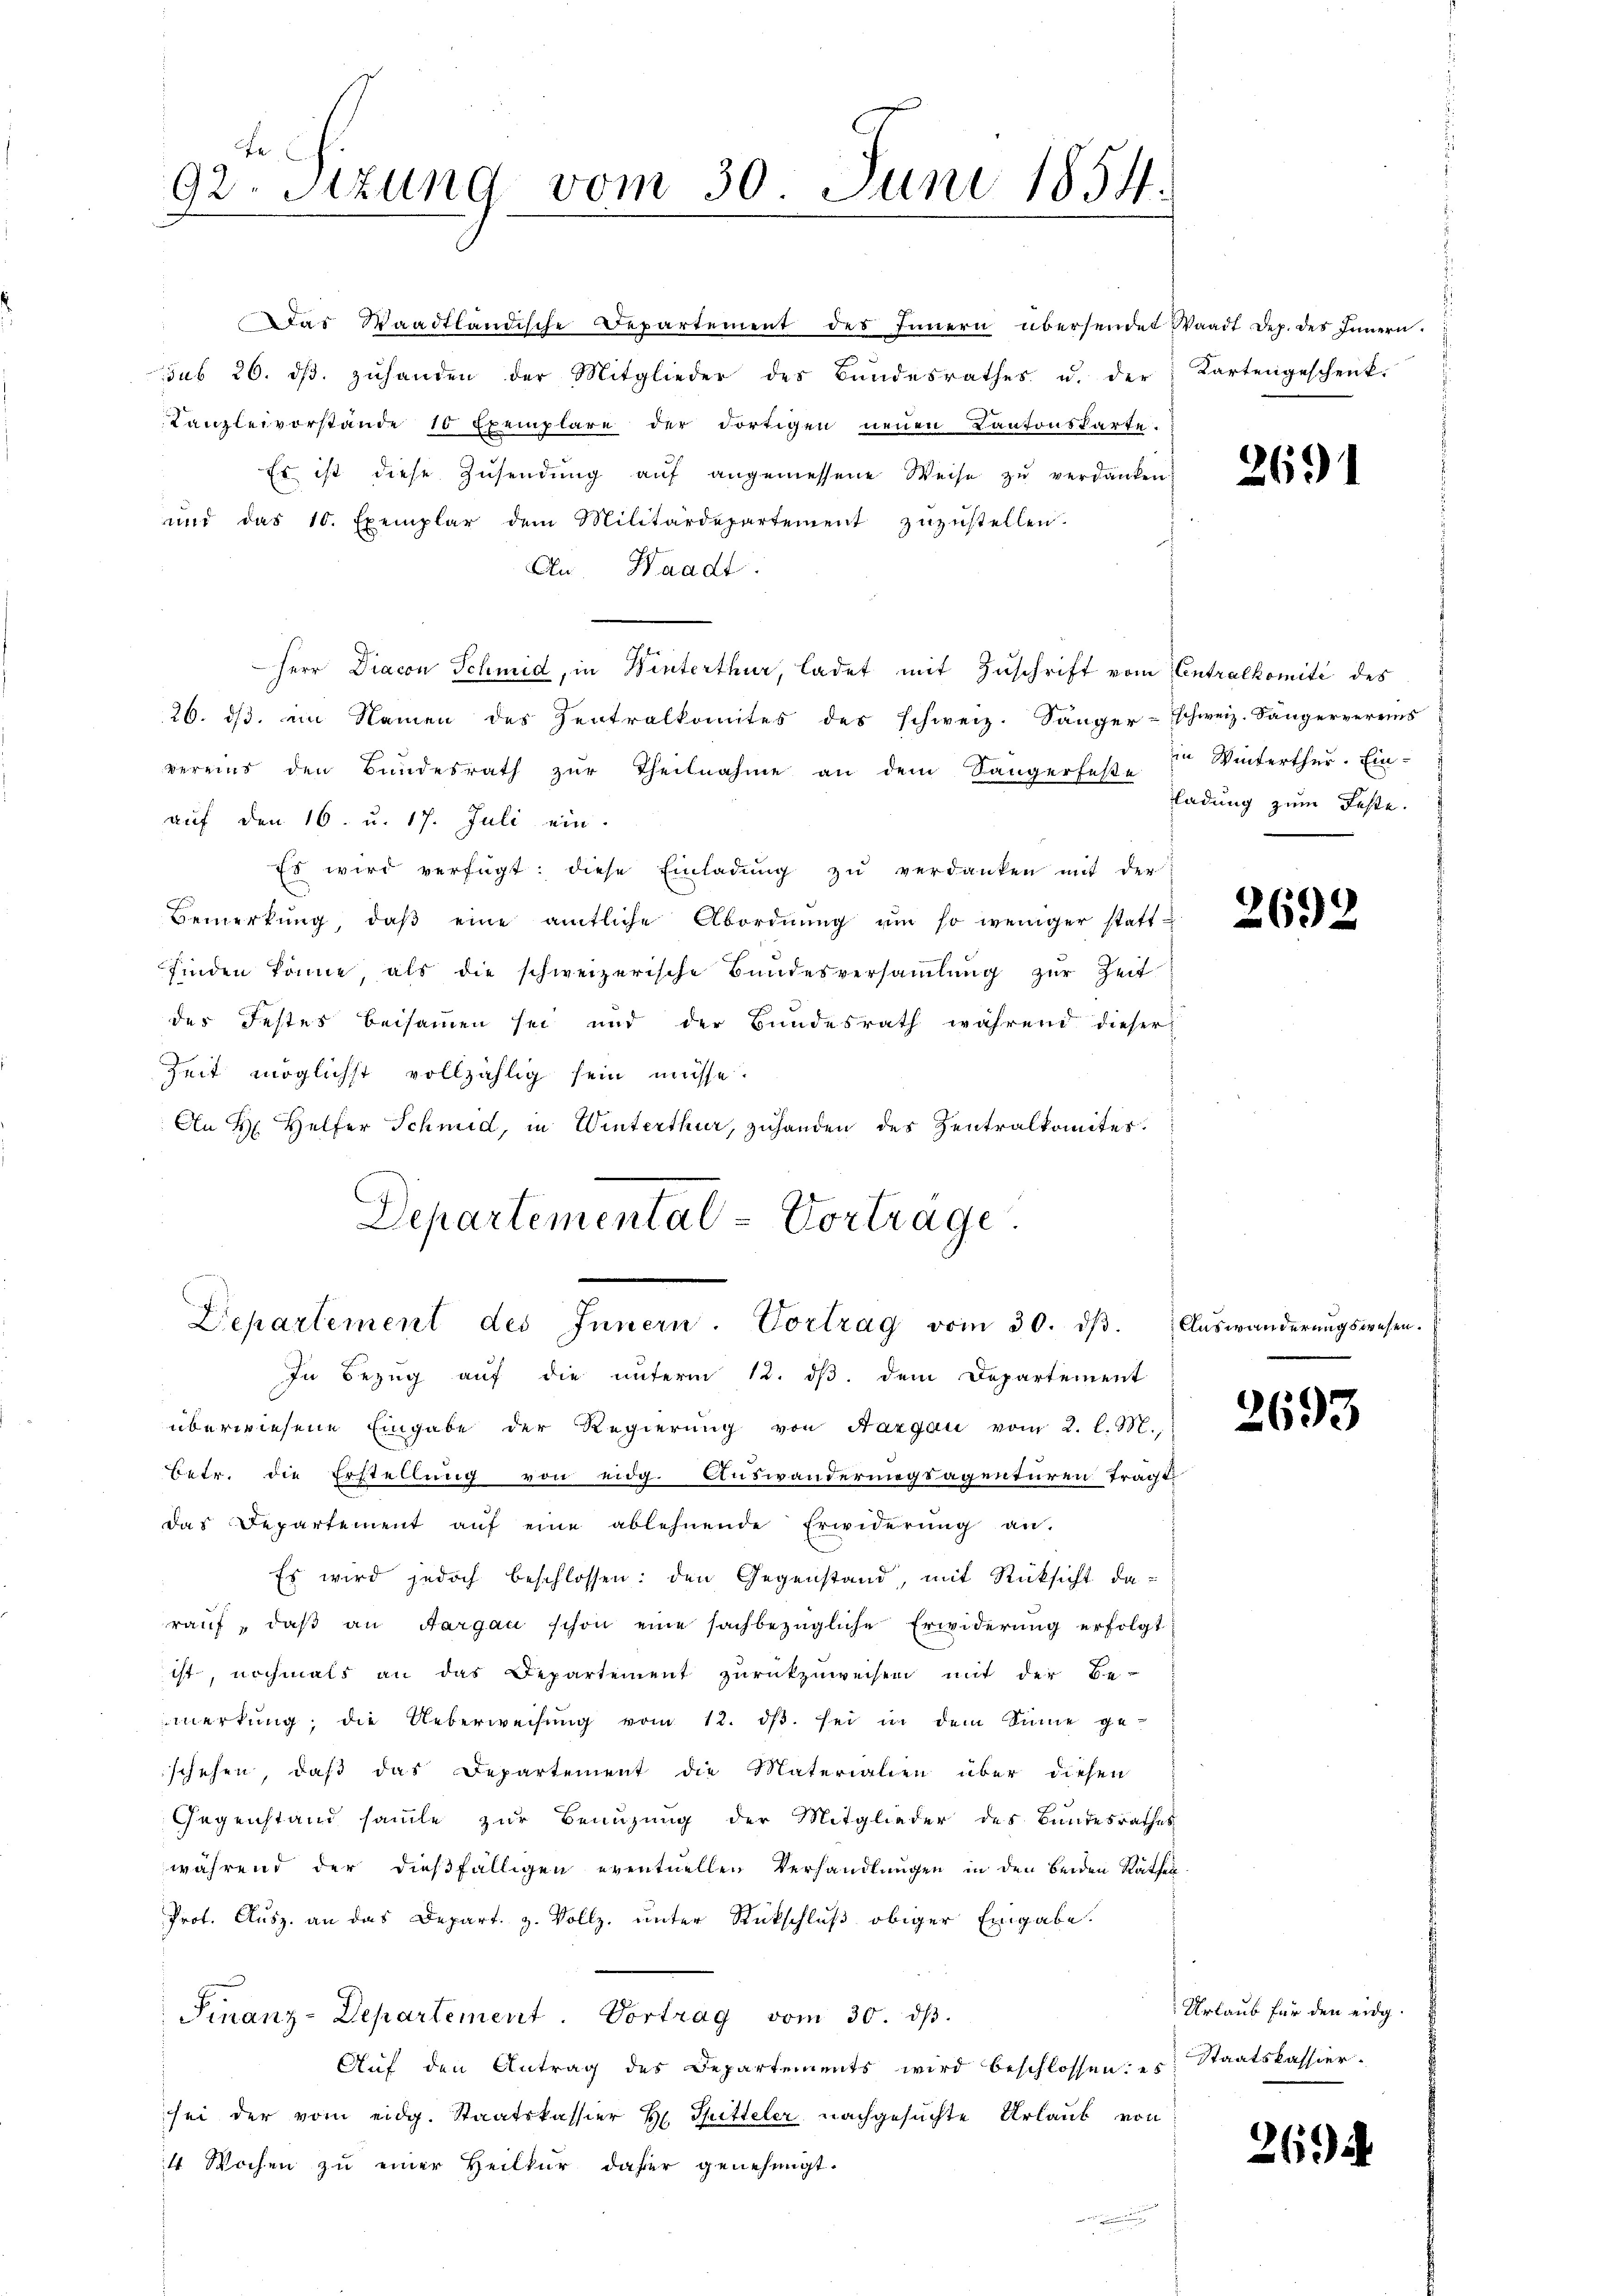
92. Sitzung vom 30. Juni 1854.

Das Waadtländische Departement des Innern übersendet Waadt Dep. des Innern.
sub 26. dβ. zuhanden der Mitglieder des Bundesrathes u. der
Kanzleivorstände 10 Exemplare der dortigen neuen Kantonskarte.
Es ist diese Zŭsendŭng aŭf angemessene Weise zŭ verdanken.
und das 10. Exemplar dem Militärdepartement zŭzŭstellen.
An Waadt
Herr Diacon Schmid, in Winterthur, ladet mit Zuschrift vom Centralkomité des
26. ds. ein Namen des Zentralkomites des schweiz. Sänger-Eschweiz. Sängervereins
vereins den Bundesrath zur Theilnahme an dem Sängerfes Winterthur. Ein-
auf den 16. u. 17. Juli ein.
Es wird verfügt: diese Einladŭng zŭ verdanken mit der
Bemerkŭng, daβ eine amtliche Abordnŭng um so weniger statt-
finden könne, als die schweizerische Bundesversaṁlŭng zŭr Zeit
der Festes beisammen sei und der Bundesrath während dieser
Zeit möglichst vollzählig sein müsse.
An H. Helfer Schmid, in Winterthur, zuhanden des Zentralkomites.
Departemental-Vortrage.
.
Departement des Innern. Vortrag vom 30. dβ. Aŭswanderungswesen.
In Bezug auf die unterm 12. dβ. dem Departement
überwiesene Eingabe der Regierung von Aargau vom 2. l. M.,
Betr. die Erstellung von eidg. Auswanderungsagenturen tragt,
das Departement aŭf eine ablehnende Erwiderŭng an.
Es wird jedoch beschlossen: den Gegenstand, mit Rücksicht daraŭf, daβ an Aargau schon eine sachbezügliche Erwiderŭng erfolgt:
ist, nochmals an das Departement zŭrückzuweisen mit der Be-
merkŭng die Ueberweisŭng vom 12. dβ. sei in dem Sinne ge-
schehen, daß das Departement die Materialien über diesen
Gegenstand samte zur Benuzung der Mitglieder des Bundesrathes
während der dießfälligen eventuellen Verhandlungen in den beiden Rathen
Prot. Ausz. an das Depart. 3. Vollz, unter Rückschluß obiger Eingabe.
Finanz-Departement. Vortrag vom 30. dβ.
Auf den Antrag des Departements wird beschlossen: es
sei der vom eidg. Staatskassier H. Spitteler nachgesuchte Urlaub von
4 Wochen zu einer Heilkur daher genehmigt.

Kartengeschenk.

2691

ladung zum Feste.

2692.

2693

Urlaub für den eidg.
Staatskassier.

269.